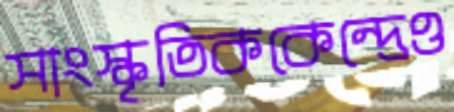
সাংস্কৃতিককেন্দ্রেও